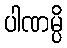
ပါဏမ္ပိ